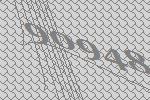
90948